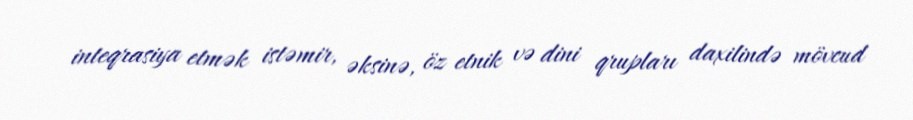
inteqrasiya etmək istəmir, əksinə, öz etnik və dini qrupları daxilində mövcud